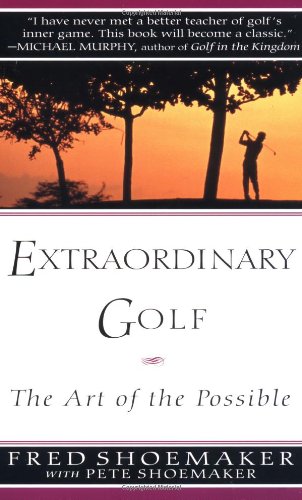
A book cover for Extraordinary Golf: the Art of the Possible (Perigee); Fred Shoemaker; Sports & Outdoors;